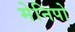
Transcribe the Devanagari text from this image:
मेनिपो